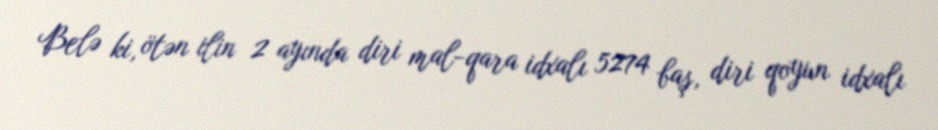
Belə ki, ötən ilin 2 ayında diri mal-qara idxalı 5274 baş, diri qoyun idxalı